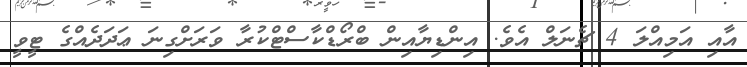
އާއި އަމިއްލަ 4 ޗެނަލް އެވެ. އިންޑިޔާއިން ބްރޯޑްކާސްޓްކުރާ ވަރަށްގިނަ ޢަދަދެއްގެ ޓީވީ